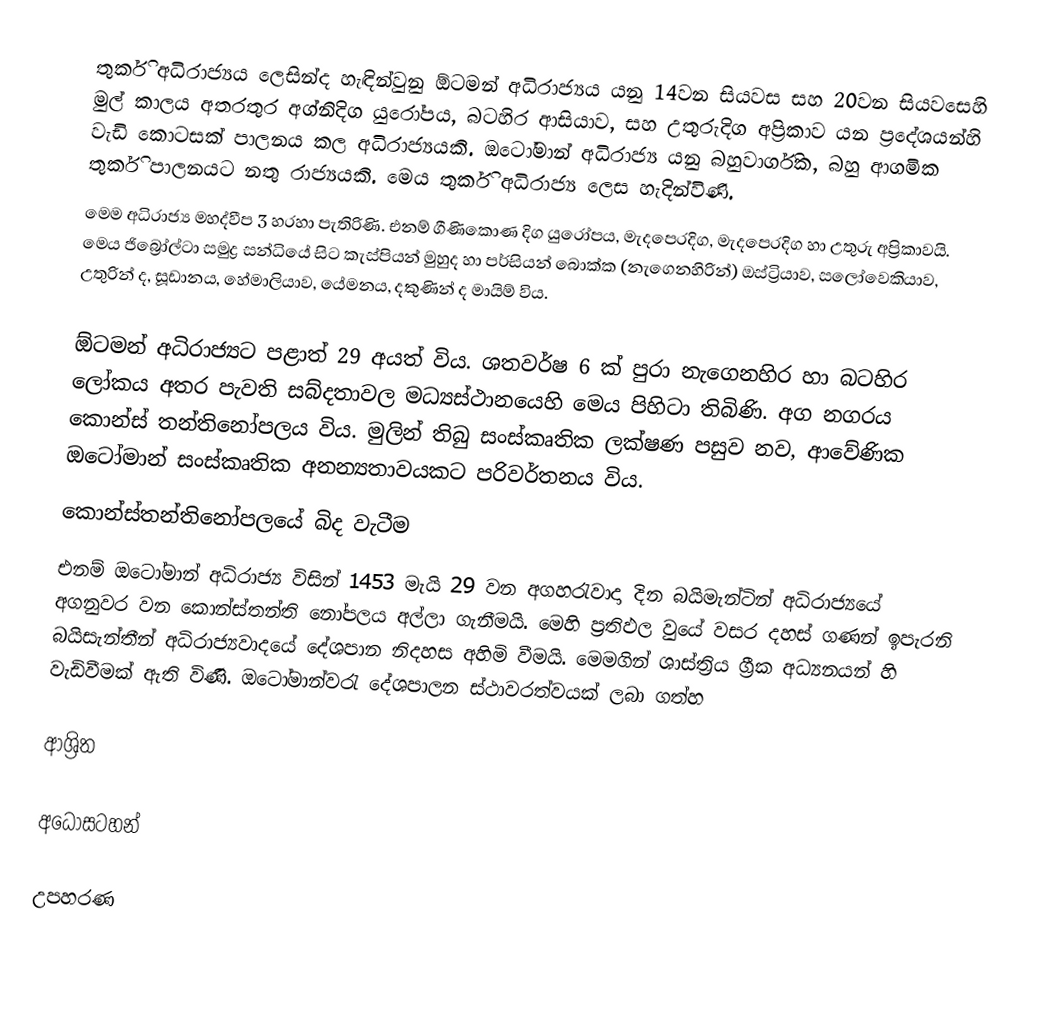
තුර්කි අධිරාජ්‍යය ලෙසින්ද හැඳින්වුනු  ඕටමන් අධිරාජ්‍යය යනු  14වන සියවස සහ  20වන සියවසෙහි මුල් කාලය අතරතුර  අග්නිදිග යුරෝපය, බටහිර ආසියාව, සහ උතුරුදිග අප්‍රිකාව යන ප්‍රදේශයන්හි වැඩි කොටසක් පාලනය කල අධිරාජ්‍යයකි. ඔටෝමාන් අධිරාජ්‍ය යනු බහුවාර්ගික, බහු ආගමික තුර්කි පාලනයට නතු රාජ්‍යයකි. මෙය තුර්කි අධිරාජ්‍ය ලෙස හැදින්විණි.
මෙම අධිරාජ්‍ය මහද්වීප 3 හරහා පැතිරිණි. එනම් ගීණිකොණ දිග යුරෝපය, මැදපෙරදිග, මැදපෙරදිග හා උතුරු අප්‍රිකාවයි. මෙය ජිබ්‍රෝල්ටා සමුද්‍ර සන්ධියේ සිට කැස්පියන් මුහුද හා පර්සියන් ‍බොක්ක (නැගෙනහිරින්) ඔස්ට්‍රියාව, සලෝවෙකියාව, උතුරින් ද, සූඩානය, හේමාලියාව, යේමනය, දකුණින් ද මායිම් විය.

ඕටමන් අධිරාජ්‍යට පළාත් 29 අයත් විය. ශතවර්ෂ 6 ක් පුරා නැගෙනහිර හා බටහිර ලෝකය අතර පැවති සබ්දතාවල මධ්‍යස්ථානයෙහි මෙය පිහිටා තිබිණි. අග නගරය කොන්ස් තන්තිනෝපලය විය. මුලින් තිබු සංස්කෘතික ලක්ෂණ පසුව නව, ආවේණික ඔටෝමාන් සංස්කෘතික අනන්‍යතාවයකට පරිවර්තනය විය.
කොන්ස්තන්තිනෝපලයේ බිද වැටීම
එනම් ඔටෝමාන් අධිරාජ්‍ය විසින් 1453 මැයි 29 වන අගහරැවාදා දින බයිමැන්ටින් අධිරාජ්‍යයේ අගනුවර වන කොන්ස්තන්ති නෝපලය අල්ලා ගැනීමයි. මෙහි ප්‍රතිඵල වුයේ වසර දහස් ගණන් ඉපැරනි බයිසැන්තීන් අධිරාජ්‍යවාදයේ දේශපාන නිදහස අහිමි වීමයි. මෙමගින් ශාස්ත්‍රිය ග්‍රීක අධ්‍යනයන් හි වැඩිවීමක් ඇති විණි. ඔටෝමාන්වරැ දේශපාලන ස්ථාවරත්වයක් ලබා ගත්හ

ආශ්‍රිත

අධෝසටහන්

උපහරණ